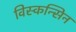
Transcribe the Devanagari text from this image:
विस्कन्सिन